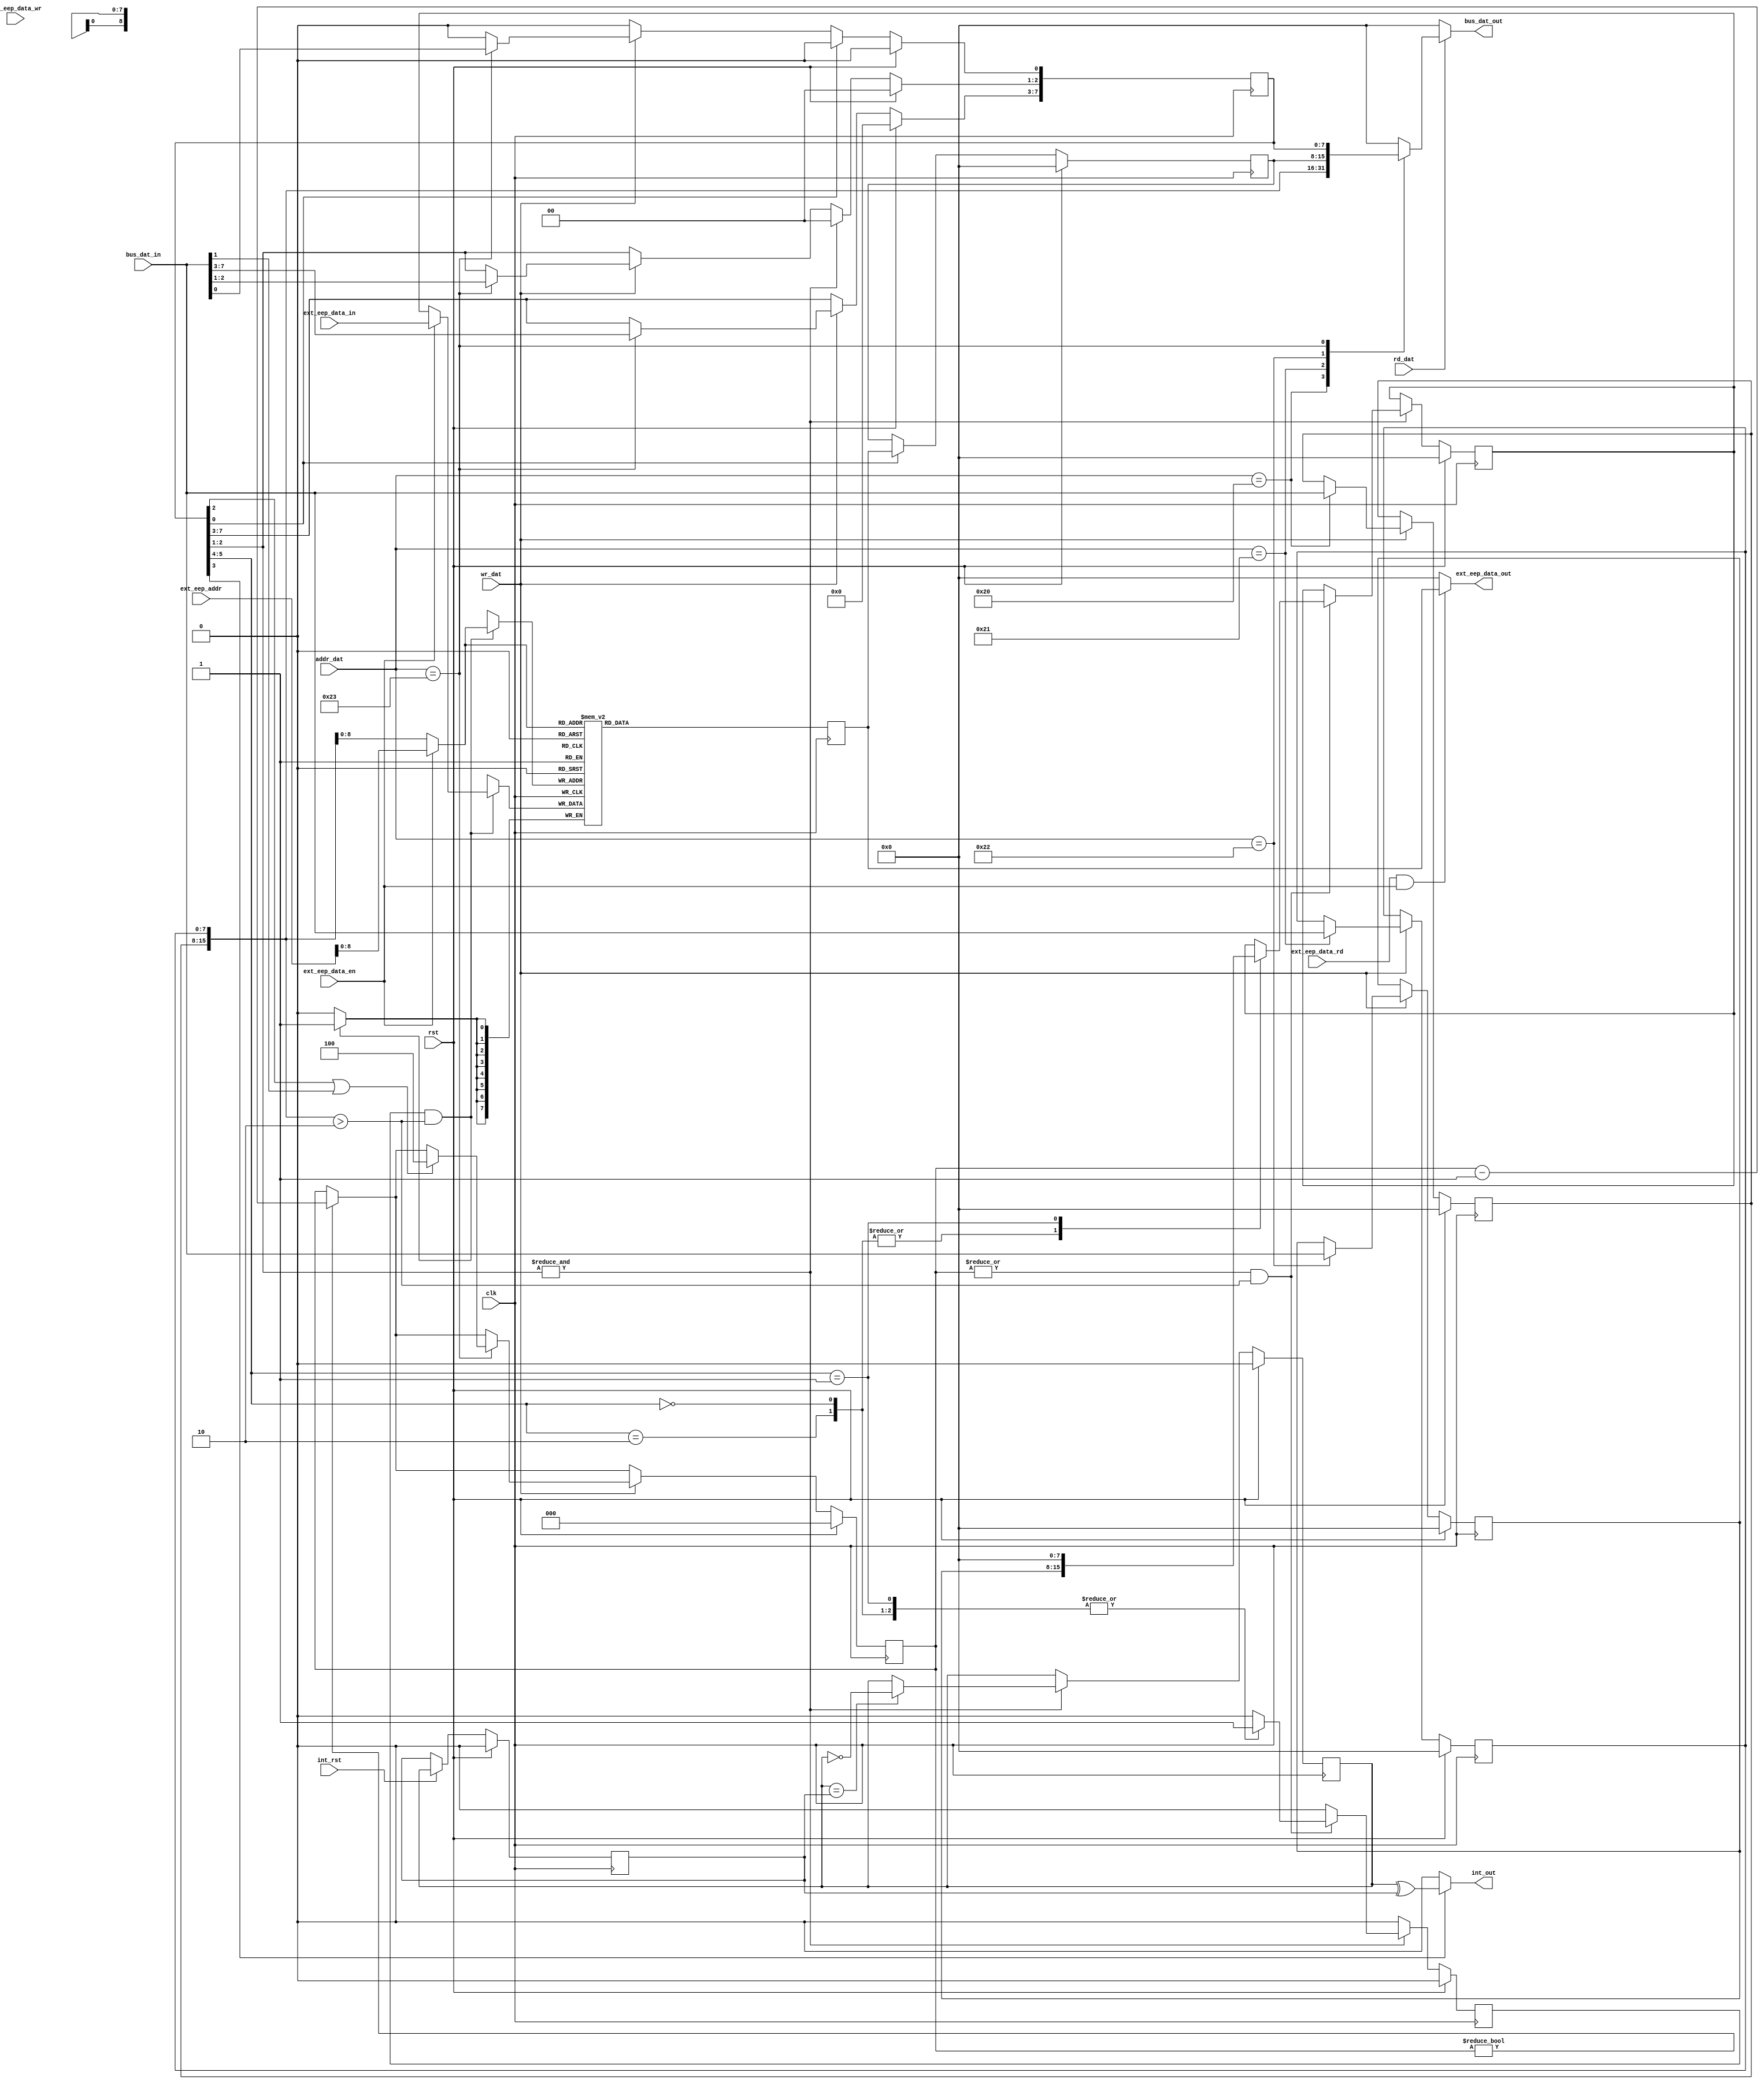
/*
 * This IP is the ATMEGA EEPROM implementation.
 *
 * Copyright (C) 2020  Iulian Gheorghiu (morgoth@devboard.tech)
 *
 * This program is free software; you can redistribute it and/or
 * modify it under the terms of the GNU General Public License
 * as published by the Free Software Foundation; either version 2
 * of the License, or (at your option) any later version.
 *
 * This program is distributed in the hope that it will be useful,
 * but WITHOUT ANY WARRANTY; without even the implied warranty of
 * MERCHANTABILITY or FITNESS FOR A PARTICULAR PURPOSE.  See the
 * GNU General Public License for more details.
 *
 * You should have received a copy of the GNU General Public License
 * along with this program; if not, write to the Free Software
 * Foundation, Inc., 51 Franklin Street, Fifth Floor, Boston, MA  02110-1301, USA.
 */

`timescale 1ns / 1ps

module atmega_eep # (
    parameter BUS_ADDR_DATA_LEN = 8,
    parameter EEARH_ADDR = 'h20,
    parameter EEARL_ADDR = 'h21,
    parameter EEDR_ADDR = 'h22,
    parameter EECR_ADDR = 'h23,
    parameter EEP_SIZE = 512
)(
    input rst,
    input clk,

    input [BUS_ADDR_DATA_LEN-1:0]addr_dat,
    input wr_dat,
    input rd_dat,
    input [7:0]bus_dat_in,
    output reg [7:0]bus_dat_out,

    output int_out,
    input int_rst,

    input [16:0]ext_eep_addr,
    input [7:0]ext_eep_data_in,
    input ext_eep_data_wr,
    output [7:0]ext_eep_data_out,
    input ext_eep_data_rd,
    input ext_eep_data_en
    );

// EEPROM_SYS_FLAGS_SHOW_LOGO_LEDS / EEPROM_AUDIO_ON
(* ram_init_file = "EEPROM.mif" *)
reg [7:0]eep[EEP_SIZE-1 : 0];

reg [7:0]EEARH;
reg [7:0]EEARL;
reg [7:0]EEDR_WRITE;
reg [7:0]EEDR_READ;
reg [7:0]EECR;

reg[2:0]eempe_timeout_cnt;
reg eep_wr;
reg [7:0]dat_to_write;
reg [7:0]read_tmp;

reg int_p;
reg int_n;

always @ *
begin
    bus_dat_out = 8'h00;
    if(rd_dat)
    begin
        case(addr_dat)
            EEARH_ADDR: bus_dat_out = EEARH;
            EEARL_ADDR: bus_dat_out = EEARL;
            EEDR_ADDR: bus_dat_out = EEDR_READ;
            EECR_ADDR: bus_dat_out = EECR;
        endcase
    end
end

always @ (posedge clk)
begin
    if(rst)
    begin
        EEARH <= 8'h00;
        EEARL <= 8'h00;
        EEDR_READ <= 8'h00;
        EEDR_WRITE <= 8'h00;
        EECR <= 8'h00;
        //content_modifyed <= 1'b0;
        eempe_timeout_cnt <= 3'h0;
        int_p <= 1'b0;
        int_n <= 1'b0;
        dat_to_write <= 1'b0;
        eep_wr <= 1'b0;
    end
    else
    begin
        eep_wr <= 1'b0;
        if(eempe_timeout_cnt)
        begin
            eempe_timeout_cnt <= eempe_timeout_cnt - 1;
        end
        if(wr_dat)
        begin
            case(addr_dat)
                EEARH_ADDR: EEARH <= bus_dat_in;
                EEARL_ADDR: EEARL <= bus_dat_in;
                EEDR_ADDR: EEDR_WRITE <= bus_dat_in;
                EECR_ADDR:
                begin
                    EECR <= bus_dat_in;
                    if(EECR[2] | bus_dat_in[1])
                    begin
                        eempe_timeout_cnt <= 3'h4;
                    end
                end
            endcase
        end
        if(&EECR[2:1])
        begin
            if(|eempe_timeout_cnt & ({EEARH, EEARL} > 2))
            begin
                case(EECR[5:4])
                    2'h0, 2'h2:
                    begin
                        dat_to_write <= EEDR_WRITE;
                        eep_wr <= 1'b1;
                    end
                    2'h1:
                    begin
                        dat_to_write <= 8'h00;
                        eep_wr <= 1'b1;
                    end
                endcase
            end
            EECR[2:1] <= 2'b00;
            if(int_p == int_n)
            begin
                int_p <= ~int_p;
            end
        end
        if(EECR[0])
        begin
            EEDR_READ <= read_tmp;
            EECR[0] <= 1'b0;
        end
        if(int_rst)
        begin
            int_n <= int_p;
        end
        //if(eep_wr)
        //begin
            //content_modifyed <= content_modifyed | 1'b1;
        //end
    end
end

always @ (posedge clk)
begin
    if(eep_wr & ({EEARH, EEARL} > 2))
    begin
        eep[ext_eep_data_en ? ext_eep_addr : {EEARH, EEARL}] <= ext_eep_data_en ? ext_eep_data_in : dat_to_write;
    end
    read_tmp <= eep[ext_eep_data_en ? ext_eep_addr : {EEARH, EEARL}];
end

assign ext_eep_data_out = (ext_eep_data_rd & ext_eep_data_en) ? read_tmp : 8'h00;
assign int_out = EECR[3] ? (int_p ^ int_n) : 1'b0;

endmodule